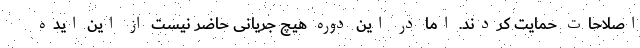
اصلاحات حمایت کردند. اما در این دوره هیچ جریانی حاضر نیست از این ایده